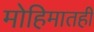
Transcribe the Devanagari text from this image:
मोहिमातही